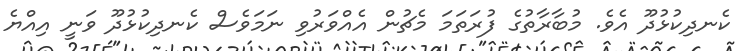
ކެނދިކުޅުދޫ އެވެ. މުބާރާތުގެ ފުރަތަމަ މެޗުން އެއްވަރުވި ނަމަވެސް ކެނދިކުޅުދޫ ވަނީ އިއްޔެ